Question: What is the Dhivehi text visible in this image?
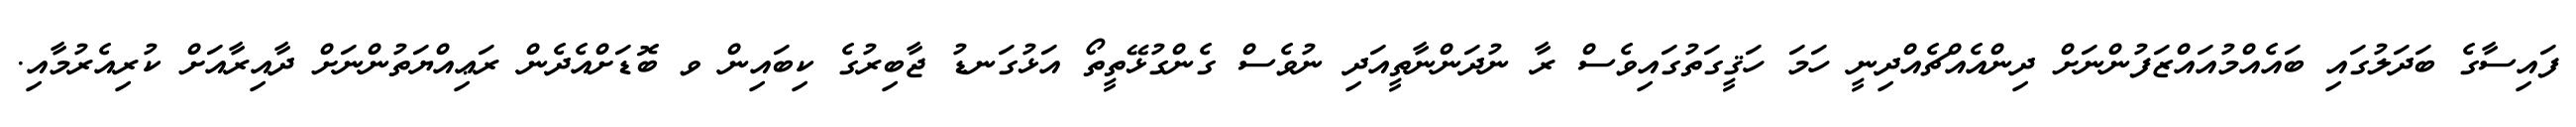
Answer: ފައިސާގެ ބަދަލުގައި ބައެއްމުއައްޒަފުންނަށް ދިންއެއްޗެއްދިނީ ހަމަ ހަޤީގަތުގައިވެސް ރާ ނުދަންނާތީއަދި ނުވެސް ގެންގުޅޭތީތޯ އަޅުގަނޑު ޖާބިރުގެ ކިބައިން ވ ބޮޑަށްއެދެން ރަޢިއްޔަތުންނަށް ދާއިރާއަށް ކުރިއެރުމާއި.